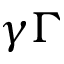
\gamma \Gamma